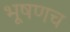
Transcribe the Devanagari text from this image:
भूषणच